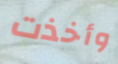
وأخذت